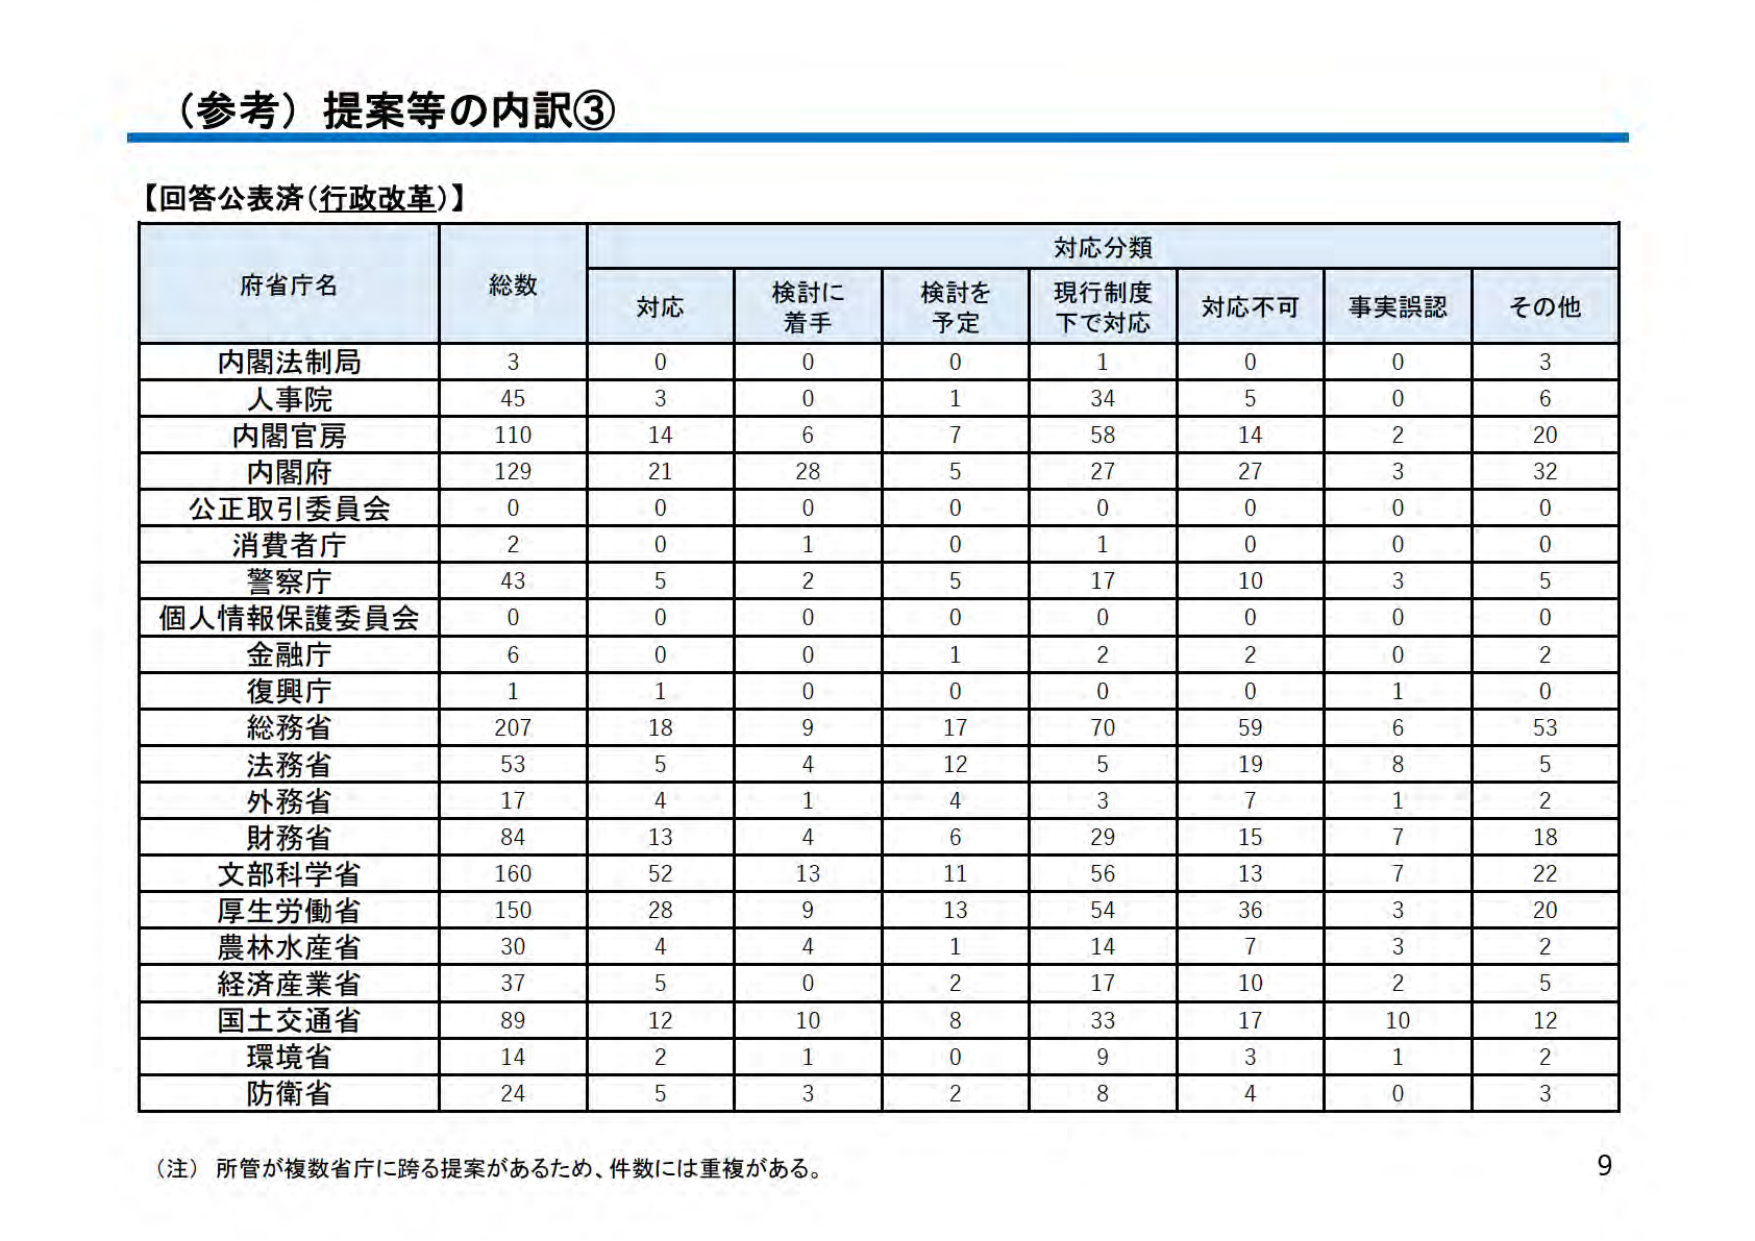
（参考）提案等の内訳③

【回答公表済（行政改革）】

府省庁名	総数	対応分類
対応	検討に着手	検討を予定	現行制度下で対応	対応不可	事実誤認	その他
内閣法制局	3	0	0	0	1	0	0	3
人事院	45	3	0	1	34	5	0	6
内閣官房	110	14	6	7	58	14	2	20
内閣府	129	21	28	5	27	27	3	32
公正取引委員会	0	0	0	0	0	0	0	0
消費者庁	2	0	1	0	1	0	0	0
警察庁	43	5	2	5	17	10	3	5
個人情報保護委員会	0	0	0	0	0	0	0	0
金融庁	6	0	0	1	2	2	0	2
復興庁	1	1	0	0	0	0	1	0
総務省	207	18	9	17	70	59	6	53
法務省	53	5	4	12	5	19	8	5
外務省	17	4	1	4	3	7	1	2
財務省	84	13	4	6	29	15	7	18
文部科学省	160	52	13	11	56	13	7	22
厚生労働省	150	28	9	13	54	36	3	20
農林水産省	30	4	4	1	14	7	3	2
経済産業省	37	5	0	2	17	10	2	5
国土交通省	89	12	10	8	33	17	10	12
環境省	14	2	1	0	9	3	1	2
防衛省	24	5	3	2	8	4	0	3

（注）所管が複数省庁に跨る提案があるため、件数には重複がある。

9